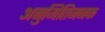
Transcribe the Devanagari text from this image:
अनुमितिजनक